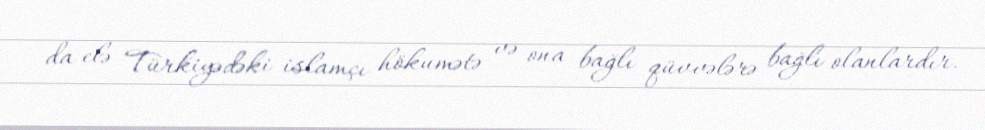
da elə Türkiyədəki islamçı hökumətə və ona bağlı qüvvələrə bağlı olanlardır.